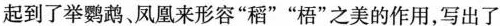
起到了举鹦鹉、凤凰来形容”稻””梧”之美的作用，